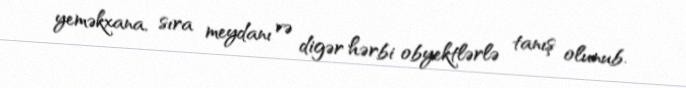
yeməkxana, sıra meydanı və digər hərbi obyektlərlə tanış olunub.